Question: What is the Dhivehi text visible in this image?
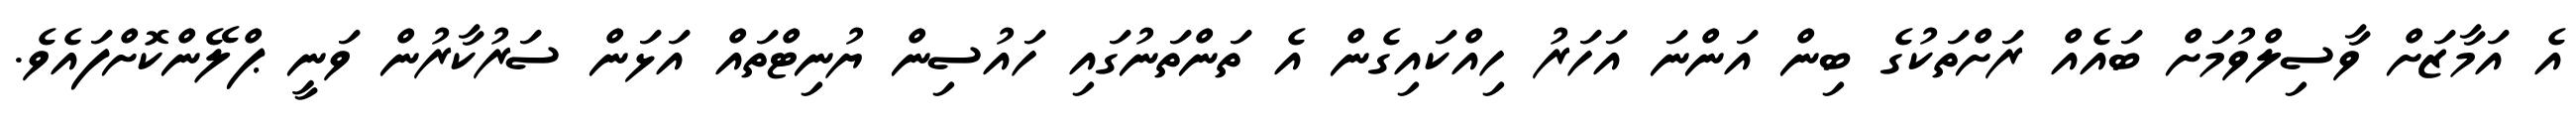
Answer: އެ އަމާޒަށް ވާސިލްވުމަށް ބައެއް ރަށްތަކުގެ ބިން އަންނަ އަހަރު ހިއްކައިގެން އެ ތަންތަނުގައި ހައުސިން ޔުނިޓްތައް އަޅަން ސަރުކާރުން ވަނީ ޕްލޭންކޮށްފައެވެ.